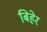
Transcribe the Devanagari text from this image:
बिहेर